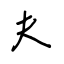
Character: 夫